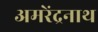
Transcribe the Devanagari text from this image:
अमरेंद्रनाथ